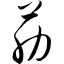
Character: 筋